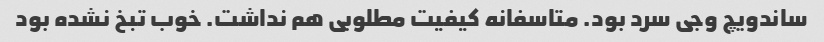
ساندویچ وجی سرد بود. متاسفانه کیفیت مطلوبی هم نداشت. خوب تبخ نشده بود